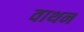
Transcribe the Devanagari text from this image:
वाथन